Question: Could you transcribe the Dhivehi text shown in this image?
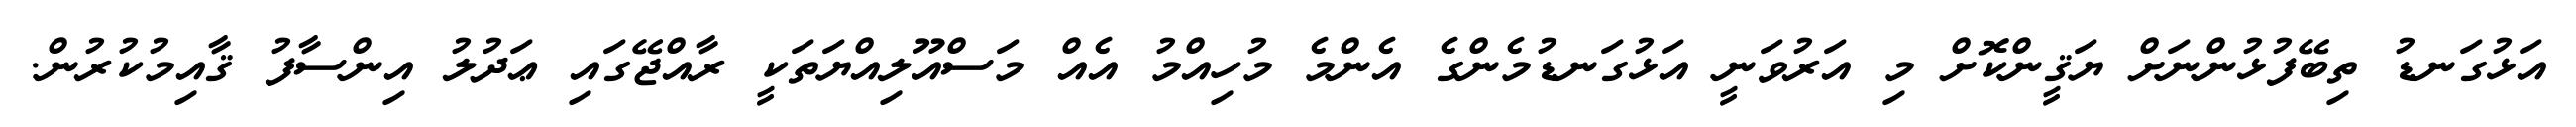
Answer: އަޅުގަނޑު ތިބޭފުޅުންނަށް ޔަޤީންކޮށް މި އަރުވަނީ އަޅުގަނޑުމެންގެ އެންމެ މުހިއްމު އެއް މަސްއޫލިއްޔަތަކީ ރާއްޖޭގައި ޢަދުލު އިންސާފު ޤާއިމުކުރުން.